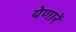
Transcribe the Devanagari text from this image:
येणारें